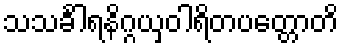
သသင်္ခါရနိဂ္ဂယှဝါရိတပတ္တောတိ